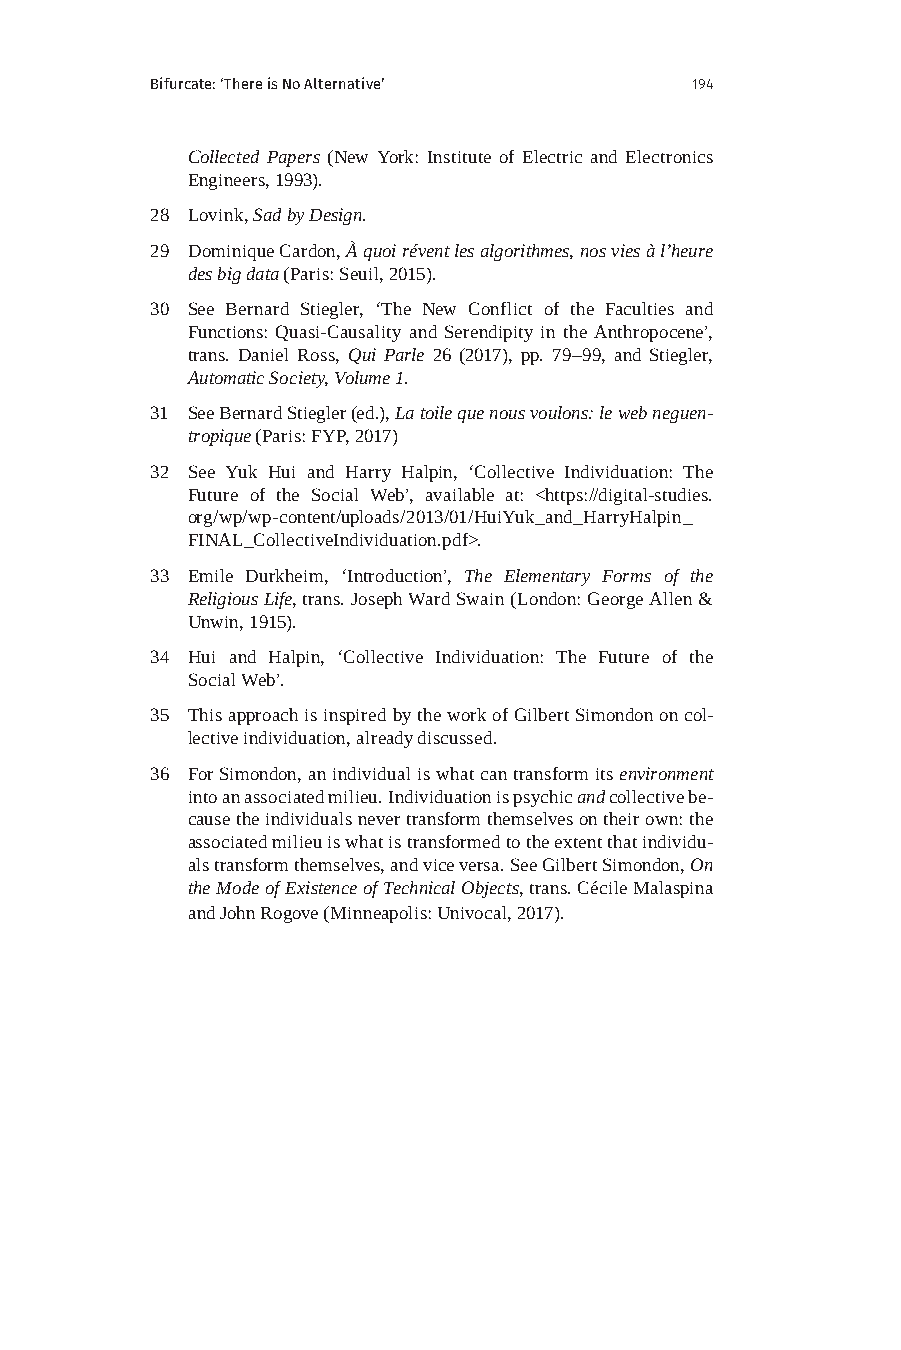
Bifurcate: ‘There is No Alternative’ 194
 Collected Papers (New York: Institute of Electric and Electronics
 Engineers, 1993).
 28 Lovink, Sad by Design.
 29 Dominique Cardon, À quoi révent les algorithmes, nos vies à l’heure
 des big data (Paris: Seuil, 2015).
 30 See Bernard Stiegler, ‘The New Conflict of the Faculties and
 Functions: Quasi-Causality and Serendipity in the Anthropocene’,
 trans. Daniel Ross, Qui Parle 26 (2017), pp. 79–99, and Stiegler,
 Automatic Society, Volume 1.
 31 See Bernard Stiegler (ed.), La toile que nous voulons: le web neguen-
 tropique (Paris: FYP, 2017)
 32 See Yuk Hui and Harry Halpin, ‘Collective Individuation: The
 Future of the Social Web’, available at: <https://digital-studies.
 org/wp/wp-content/uploads/2013/01/HuiYuk_and_HarryHalpin_
 FINAL_CollectiveIndividuation.pdf>.
 33 Emile Durkheim, ‘Introduction’, The Elementary Forms of the
 Religious Life, trans. Joseph Ward Swain (London: George Allen &
 Unwin, 1915).
 34 Hui and Halpin, ‘Collective Individuation: The Future of the
 Social Web’.
 35 This approach is inspired by the work of Gilbert Simondon on col-
 lective individuation, already discussed.
 36 For Simondon, an individual is what can transform its environment
 into an associated milieu. Individuation is psychic and collective be-
 cause the individuals never transform themselves on their own: the
 associated milieu is what is transformed to the extent that individu-
 als transform themselves, and vice versa. See Gilbert Simondon, On
 the Mode of Existence of Technical Objects, trans. Cécile Malaspina
 and John Rogove (Minneapolis: Univocal, 2017).